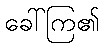
ခေါ်ကြ၏